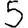
Digit: 5